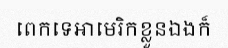
ពេកទេអាមេរិកខ្លួនឯងក៏